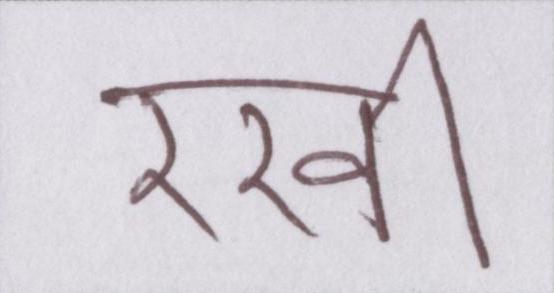
रखी